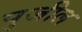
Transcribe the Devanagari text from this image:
पुजील